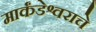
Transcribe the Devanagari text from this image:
मार्कंडेश्वराचे